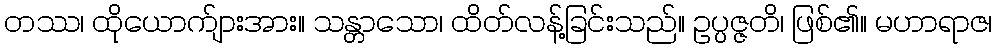
တဿ၊ ထိုယောက်ျားအား။ သန္တာသော၊ ထိတ်လန့်ခြင်းသည်။ ဥပ္ပဇ္ဇတိ၊ ဖြစ်၏။ မဟာရာဇ၊